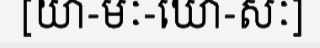
[យា-មៈ-ឃោ-សៈ]